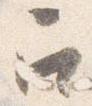
召